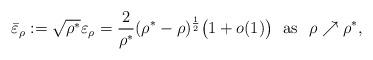
LaTeX: \begin{align*}\bar\varepsilon_\rho:=\sqrt{\rho^*}\varepsilon_\rho=\frac2{\rho^*}(\rho^*-\rho)^{\frac{1}{2}}\big(1+o(1)\big)\ \ \hbox{as}\ \ \rho\nearrow\rho^*,\end{align*}